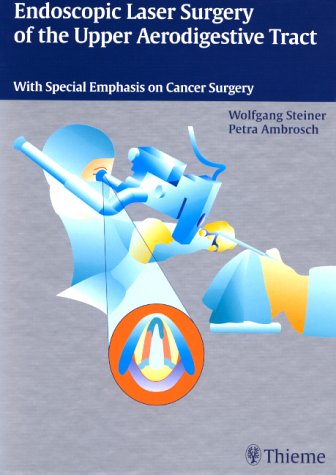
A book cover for Endoscopic Laser Surgery of the Upper Aerodigestive Tract: With Special Emphasis on Cancer Surgery; Wolfgang Steiner; Medical Books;